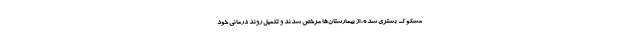
مشکوک بستری شده، از بیمارستان‌ها مرخص شدند و تکمیل روند درمانی خود